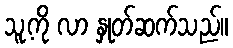
သူ့ကို လာ နှုတ်ဆက်သည်။